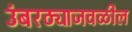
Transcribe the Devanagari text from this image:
उंबरठ्याजवळील